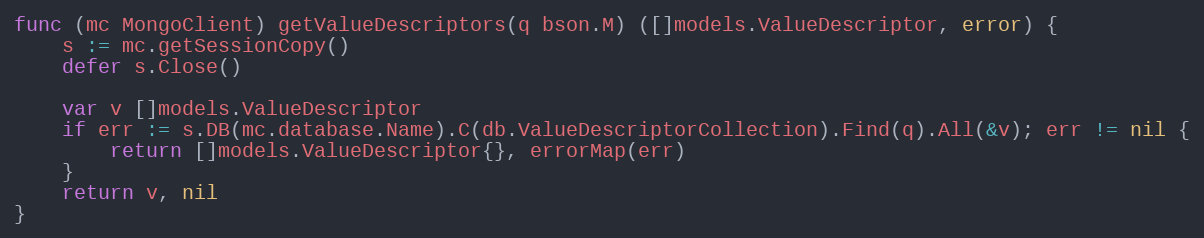
Language: Go
func (mc MongoClient) getValueDescriptors(q bson.M) ([]models.ValueDescriptor, error) {
	s := mc.getSessionCopy()
	defer s.Close()

	var v []models.ValueDescriptor
	if err := s.DB(mc.database.Name).C(db.ValueDescriptorCollection).Find(q).All(&v); err != nil {
		return []models.ValueDescriptor{}, errorMap(err)
	}
	return v, nil
}